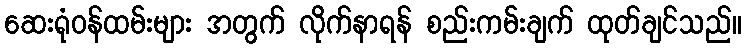
ဆေးရုံဝန်ထမ်းများ အတွက် လိုက်နာရန် စည်းကမ်းချက် ထုတ်ချင်သည်။